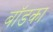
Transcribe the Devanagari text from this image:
बॉडका